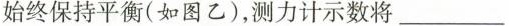
始终保持平衡(如图乙)，测力计示数将___